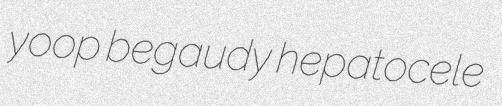
yoop begaudy hepatocele